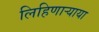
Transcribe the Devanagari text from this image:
लिहिणार्‍याया